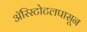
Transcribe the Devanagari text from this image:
ॲरिस्टोटलपासून